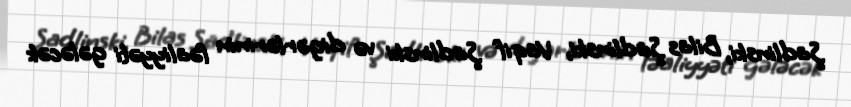
Şadlinski, Bilas Şadlinski, Vaqif Şadlinski və digərlərinin fəaliyyəti gələcək